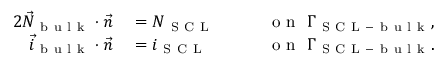
\begin{array} { r l r l } { { 2 } \vec { N } _ { \mathrm { ~ b ~ u ~ l ~ k ~ } } \cdot \vec { n } } & { { } = N _ { \mathrm { ~ S ~ C ~ L ~ } } \quad } & { } & { { } \mathrm { ~ o ~ n ~ } \ \Gamma _ { \mathrm { ~ S ~ C ~ L ~ - ~ b ~ u ~ l ~ k ~ } } , } \\ { \vec { i } _ { \mathrm { ~ b ~ u ~ l ~ k ~ } } \cdot \vec { n } } & { { } = i _ { \mathrm { ~ S ~ C ~ L ~ } } } & { } & { { } \mathrm { ~ o ~ n ~ } \ \Gamma _ { \mathrm { ~ S ~ C ~ L ~ - ~ b ~ u ~ l ~ k ~ } } . } \end{array}